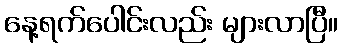
နေ့ရက်ပေါင်းလည်း များလာပြီ။